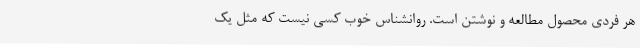
هر فردی محصول مطالعه و نوشتن است. روانشناس خوب کسی نیست که مثل یک